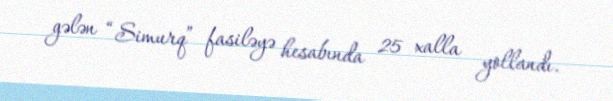
gələn “Simurq” fasiləyə hesabında 25 xalla yollandı.